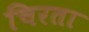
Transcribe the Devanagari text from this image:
चिरता